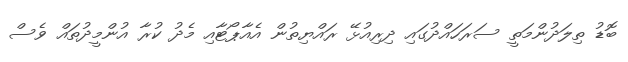
ބޮޑު ތިލަދުންމަތީ ސަރަހައްދުގައި ދިރިއުޅޭ ރައްޔިތުން އެއާޕޯޓާއި މެދު ކުރާ އުންމީދުތައް ވެސް